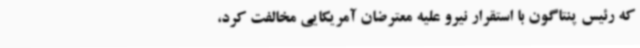
که رئیس پنتاگون با استقرار نیرو علیه معترضان آمریکایی مخالفت کرد،